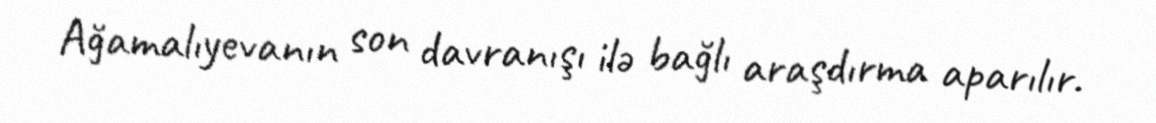
Ağamalıyevanın son davranışı ilə bağlı araşdırma aparılır.